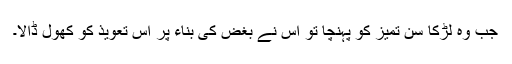
جب وہ لڑکا سنِ تمیز کو پہنچا تو اس نے بغض کی بناء پر اس تعویذ کو کھول ڈالا۔